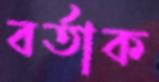
বর্তাক